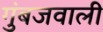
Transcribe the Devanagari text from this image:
गुंबजवाली